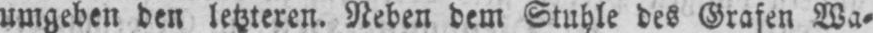
umgeben den letzteren. Neben dem Stuhle des Grafen Wa⸗